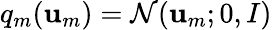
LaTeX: q_{m}(\mathbf{u}_{m})=\mathcal{{N}}(\mathbf{u}_{m};0,I)